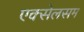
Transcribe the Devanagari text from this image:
एक्सेलसम